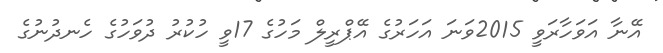
އޭނާ އަވަހާރަވީ 2015ވަނަ އަހަރުގެ އޭޕްރީލް މަހުގެ 17ވީ ހުކުރު ދުވަހުގެ ހެނދުނުގެ